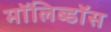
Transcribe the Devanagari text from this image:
मॉलिब्डॉस